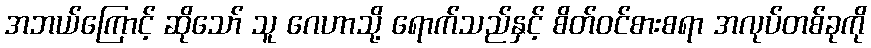
အဘယ်ကြောင့် ဆိုသော် သူ ဂေဟာသို့ ရောက်သည်နှင့် စိတ်ဝင်စားစရာ အလုပ်တစ်ခုကို